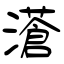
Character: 濸